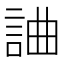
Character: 𧧥